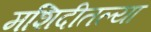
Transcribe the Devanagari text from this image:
मशिदीतल्या